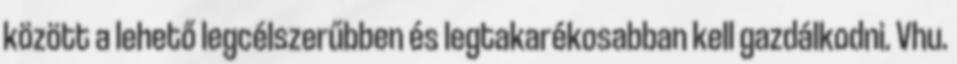
között a lehető legcélszerűbben és legtakarékosabban kell gazdálkodni. Vhu.